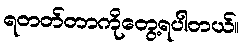
ရတတ်တာကိုတွေ့ရပါတယ်။